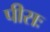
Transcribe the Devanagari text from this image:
पीसः